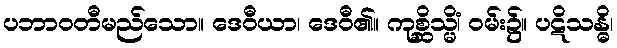
ပဘာဝတီမည်သော။ ဒေဝီယာ၊ ဒေဝီ၏။ ကုစ္ဆိသ္မိံ၊ ဝမ်း၌။ ပဋိသန္ဓိ၊